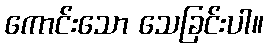
ကောင်းသော သေခြင်းပါ။